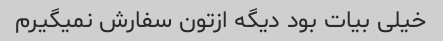
خیلی بیات بود دیگه ازتون سفارش نمیگیرم